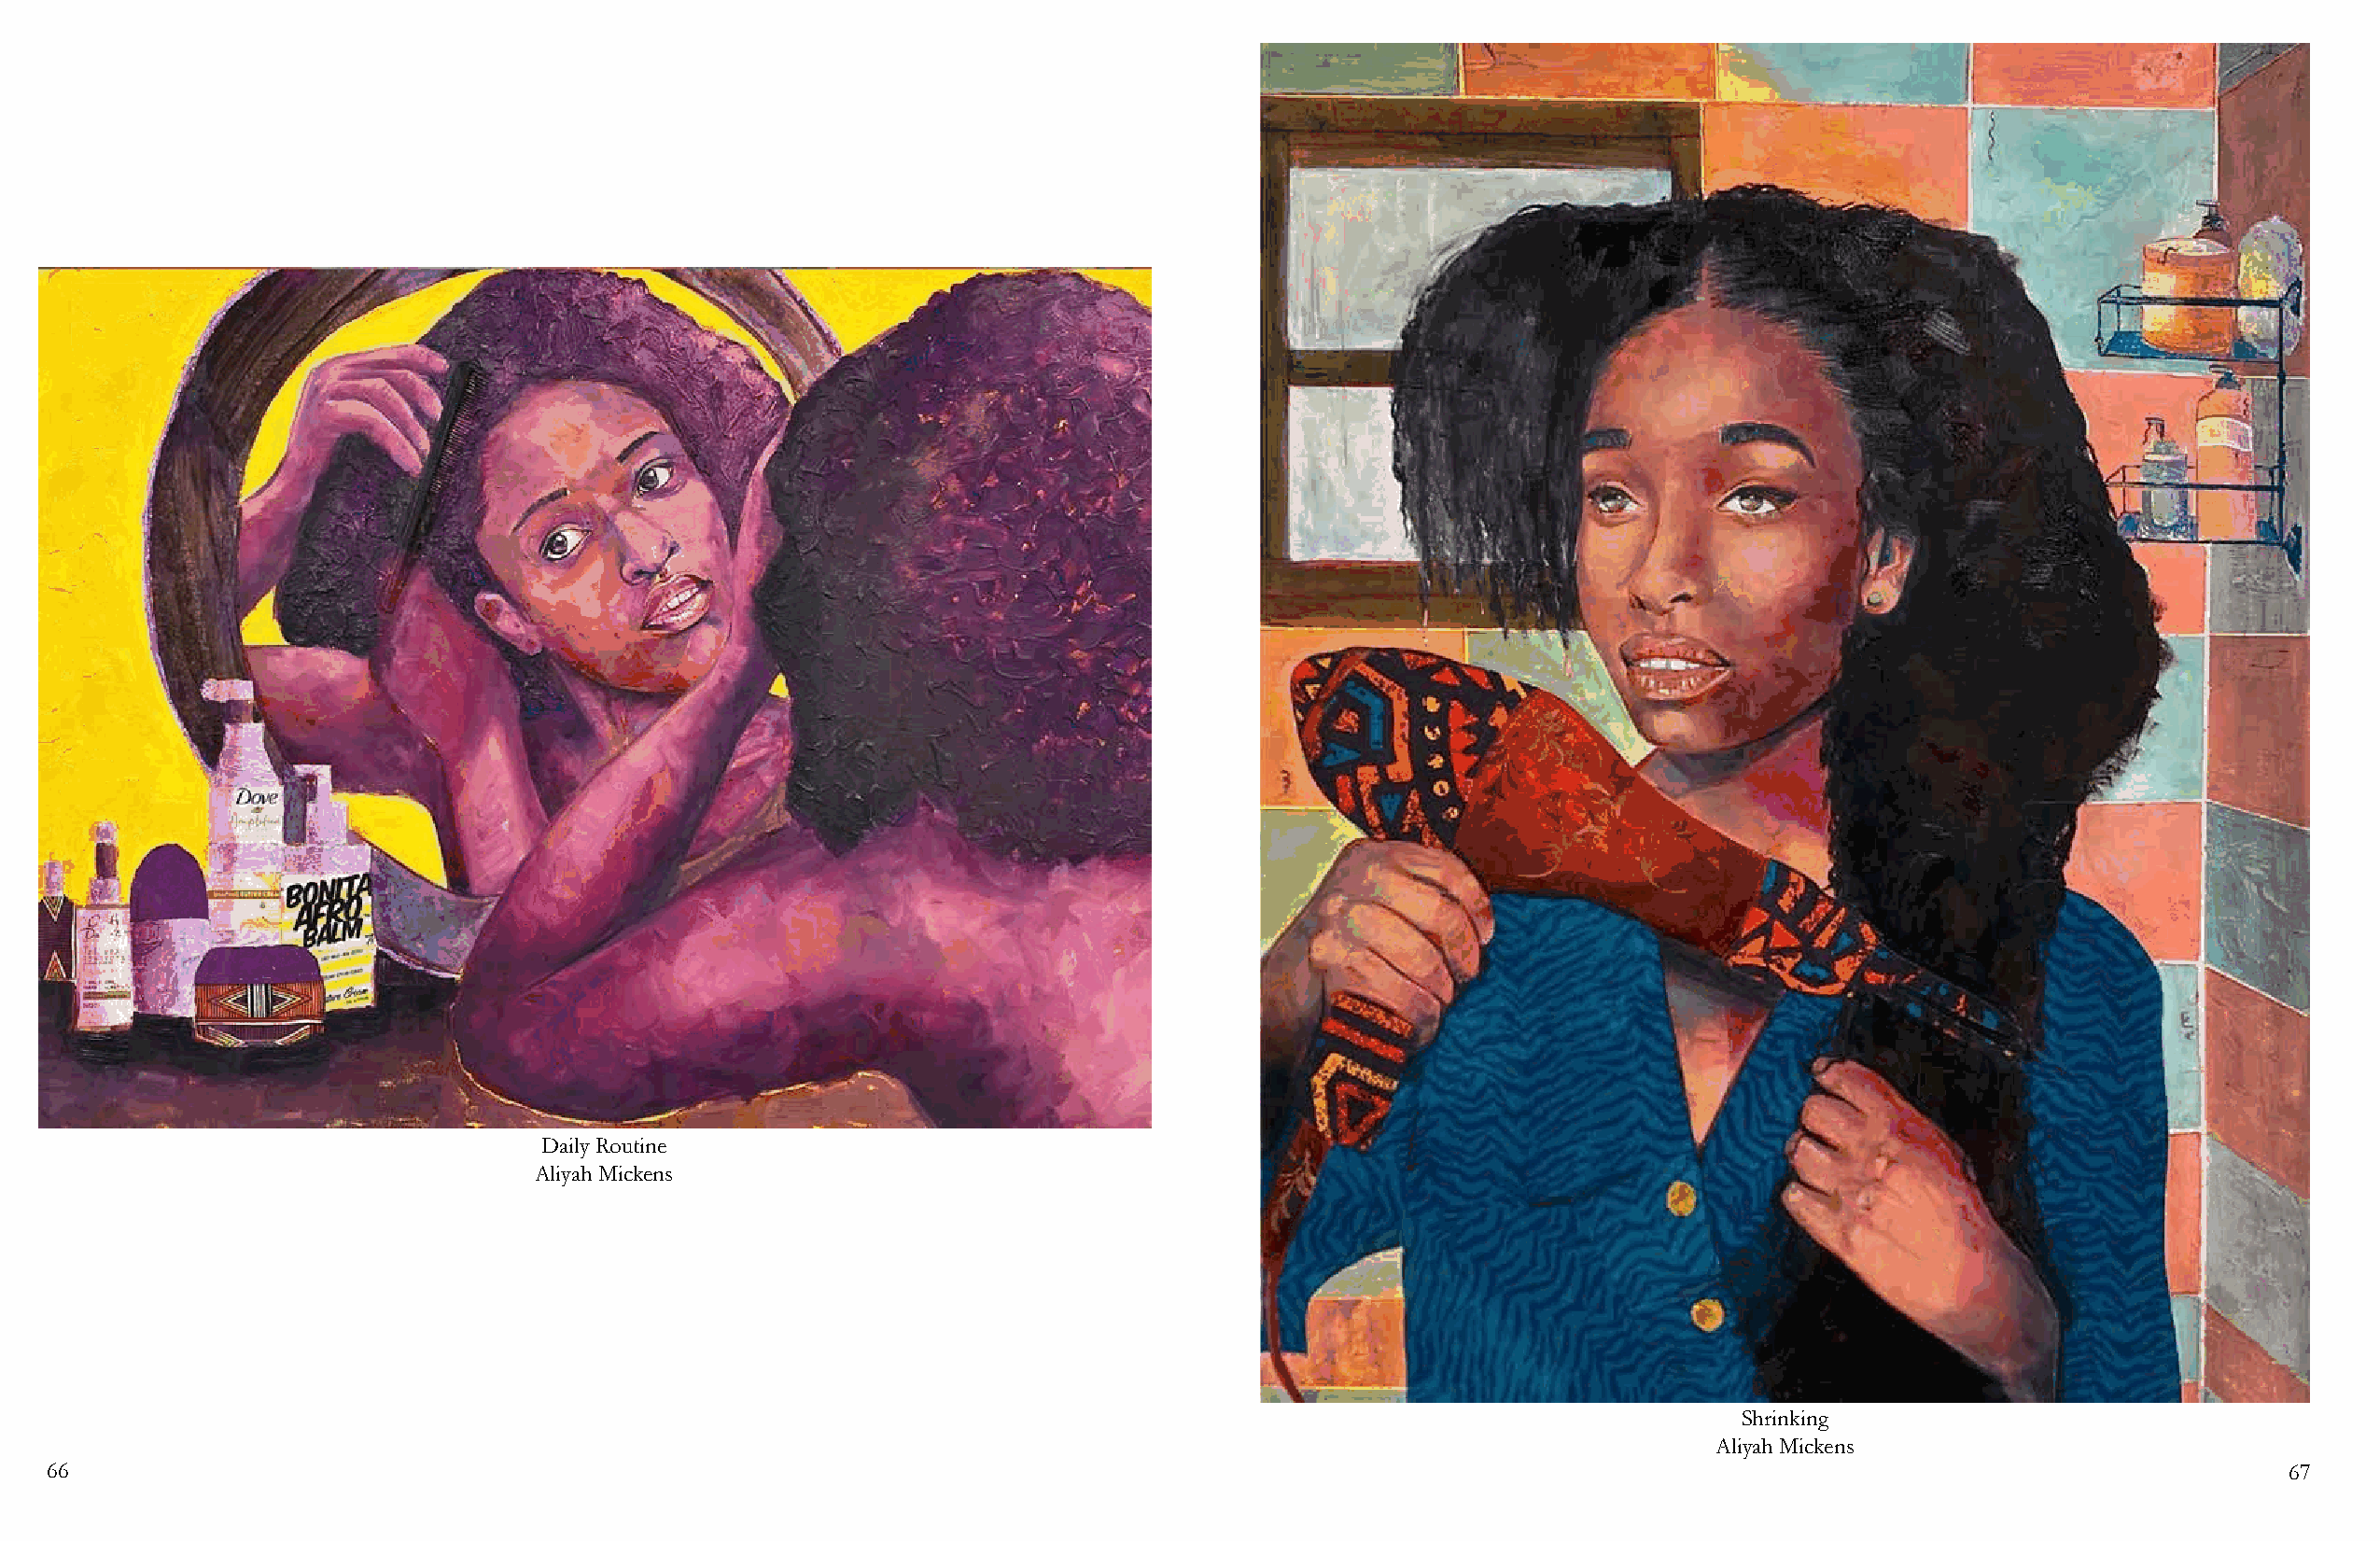
Daily Routine
 Aliyah Mickens
 Shrinking
 Aliyah Mickens
 66                                                                                                                                                             67